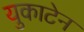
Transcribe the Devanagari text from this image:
युकाटेन